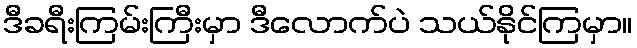
ဒီခရီးကြမ်းကြီးမှာ ဒီလောက်ပဲ သယ်နိုင်ကြမှာ။